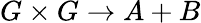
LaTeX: G\times G\to A+B